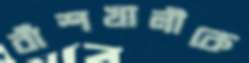
বাঁশখালীকে